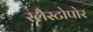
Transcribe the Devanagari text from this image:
स्लैस्टोपोर